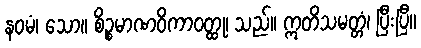
နဝမံ၊ သော။ စိဉ္စမာဏဝိကာဝတ္ထု၊ သည်။ ဣတိသမတ္တံ၊ ပြီးပြီ။